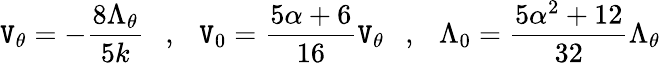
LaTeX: \mathtt{V}_{\theta}=-{\frac{{8\Lambda_{\theta}}}{{5k}}}~~~,~~~\mathtt{V}_{0}={\frac{{5\alpha+6}}{{16}}}\mathtt{V}_{\theta}~~~,~~~\Lambda_{0}={\frac{{5\alpha^{2}+12}}{{32}}}\Lambda_{\theta}